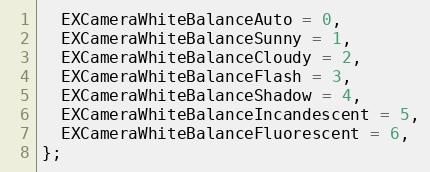
Language: C
  EXCameraWhiteBalanceAuto = 0,
  EXCameraWhiteBalanceSunny = 1,
  EXCameraWhiteBalanceCloudy = 2,
  EXCameraWhiteBalanceFlash = 3,
  EXCameraWhiteBalanceShadow = 4,
  EXCameraWhiteBalanceIncandescent = 5,
  EXCameraWhiteBalanceFluorescent = 6,
};